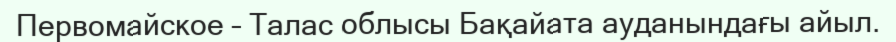
Первомайское – Талас облысы Бақайата ауданындағы айыл.